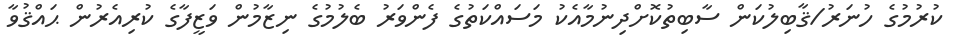
ކުރުމުގެ ހުނަރު/ޤާބިލުކަން ސާބިތުކޮށްދިނުމާއެކު މަސައްކަތުގެ ފެންވަރު ބެލުމުގެ ނިޒާމުން ވަޒީފާގެ ކުރިއެރުން ޙައްޤުވާ